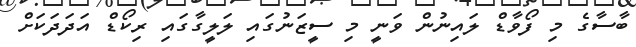
ބާސާގެ މި ފޯވާޑް ލައިނުން ވަނީ މި ސީޒަނުގައި ލަލީގާގައި ރިކޯޑް އަދަދަކަށް